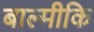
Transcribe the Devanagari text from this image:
बाल्‍मीकि